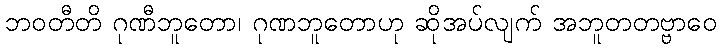
ဘဝတီတိ ဂုဏီဘူတော၊ ဂုဏဘူတောဟု ဆိုအပ်လျက် အဘူတတဗ္ဗာဝေ